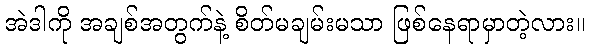
အဲဒါကို အချစ်အတွက်နဲ့ စိတ်မချမ်းမသာ ဖြစ်နေရာမှာတဲ့လား။